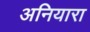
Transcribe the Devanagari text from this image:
अनियारा